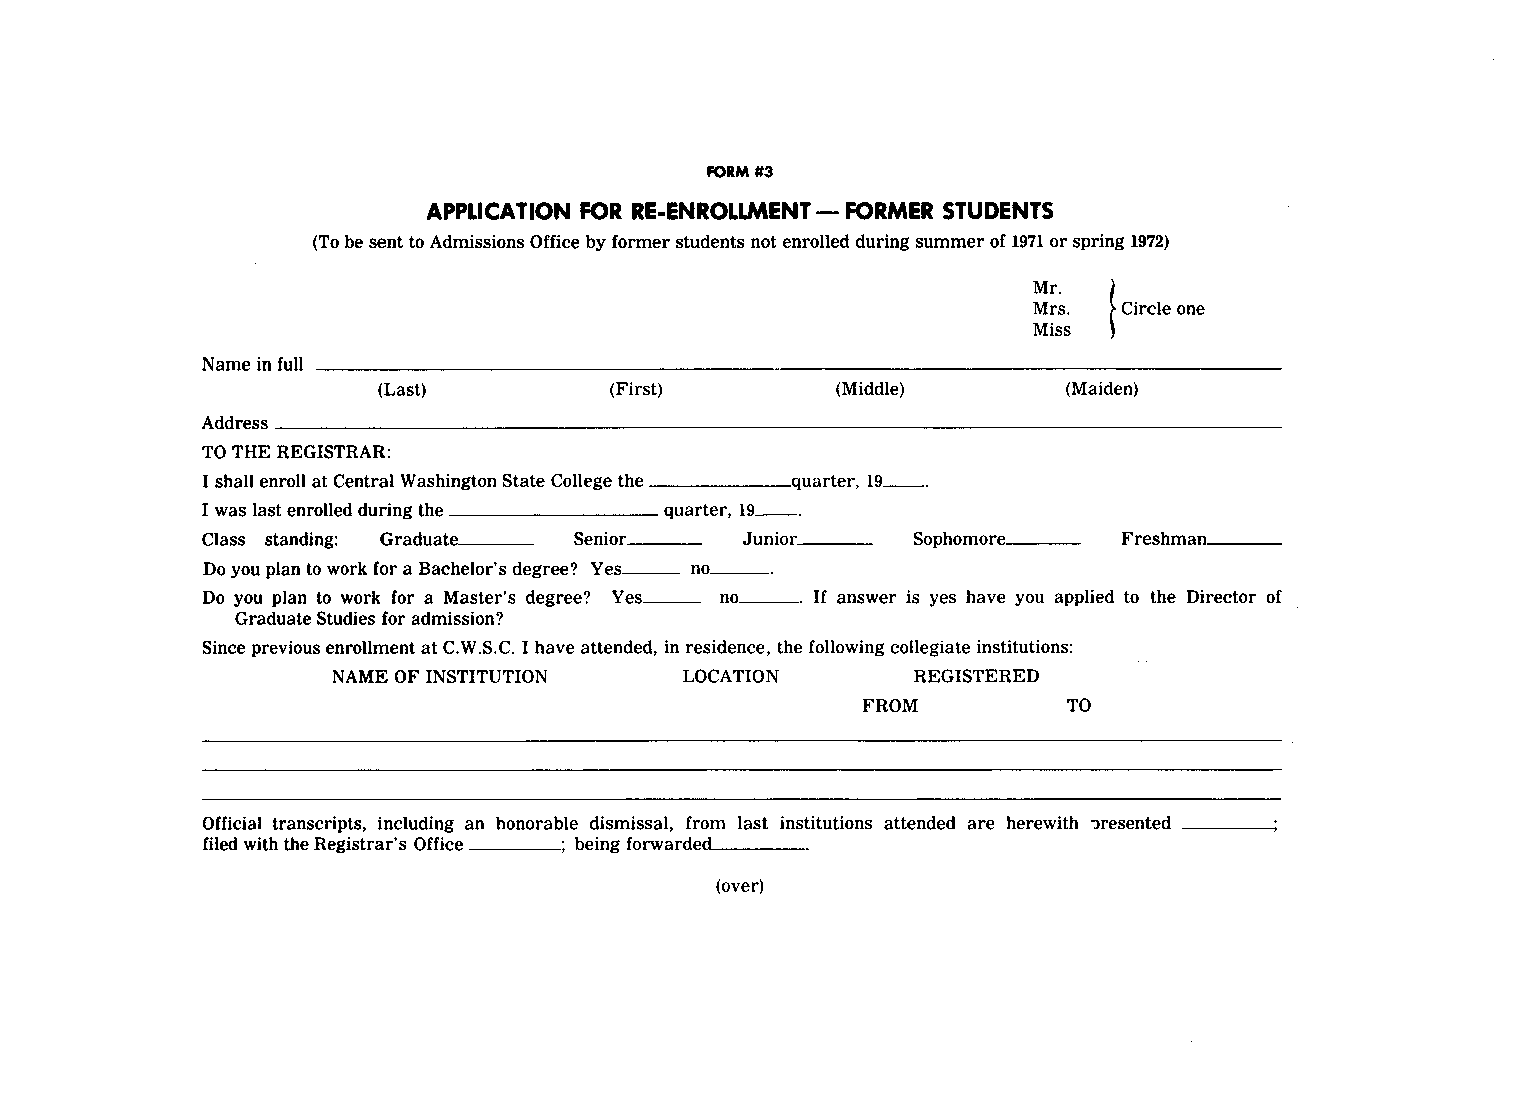
FORM #3
 APPLICATION FOR RE-ENROLLMENT - FORMER STUDENTS
 (To be sent to Admissions Office by former students not enrolled during summer of 1971 or spring 1972)
 Mr.
 Mrs. ( Circle one
 Miss
 Name in full
 (Last)         (First)        (Middle)       (Maiden)
 Address----------------------------------------------
 TO THE REGISTRAR:
 I shall enroll at Central Washington State College the quarter, 19 ___
 I was last enrolled during the quarter, 19 ___
 Class standing: Graduate._ ___ Senior_ __ Junior_ __ Sophomore_ __ Freshman_ ___
 Do you plan to work for a Bachelor's degree? Yes ___ no ____
 Do you plan to work for a Master's degree? Yes___ no ____ If answer is yes have you applied to the Director of
 Graduate Studies for admission?
 Since previous enrollment at C.W.S.C. I have attended, in residence, the following collegiate institutions:
 NAME OF INSTITUTION    LOCATION       REGISTERED
 FROM          TO
 Official transcripts, including an honorable dismissal, from last institutions attended are herewith "Jresented
 filed with the Registrar's Office ; being forwarded ____
 (over)